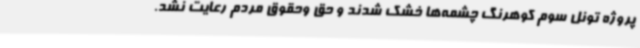
پروژه تونل سوم کوهرنگ چشمه‌ها خشک شدند و حق وحقوق مردم رعایت نشد.